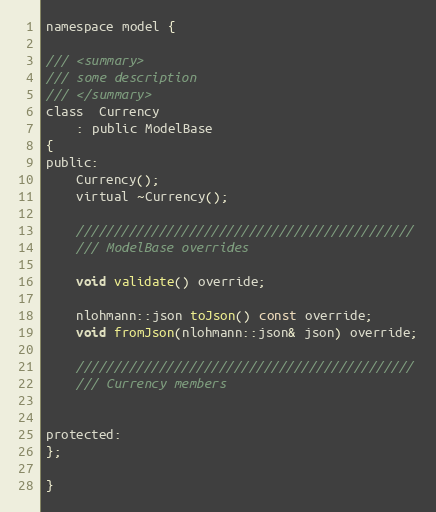
Language: C
namespace model {

/// <summary>
/// some description
/// </summary>
class  Currency
    : public ModelBase
{
public:
    Currency();
    virtual ~Currency();

    /////////////////////////////////////////////
    /// ModelBase overrides

    void validate() override;

    nlohmann::json toJson() const override;
    void fromJson(nlohmann::json& json) override;

    /////////////////////////////////////////////
    /// Currency members

protected:
};

}